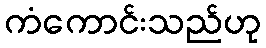
ကံကောင်းသည်ဟု